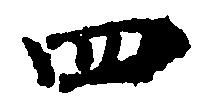
四